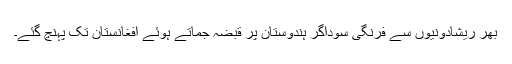
بھر ریشادونیوں سے فرنگی سوداگر ہندوستان پر قبضہ جماتے ہوئے افغانستان تک پہنچ گئے۔